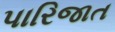
પારિજાત